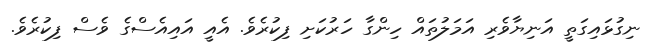
ނިގުޅައިގަތީ އަނިޔާވެރި އަމަލުތައް ހިންގާ ހަރުކަށި ފިކުރެވެ. އެއީ އައިއެސްގެ ވެސް ފިކުރެވެ.